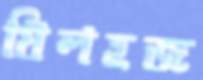
যিলহজ